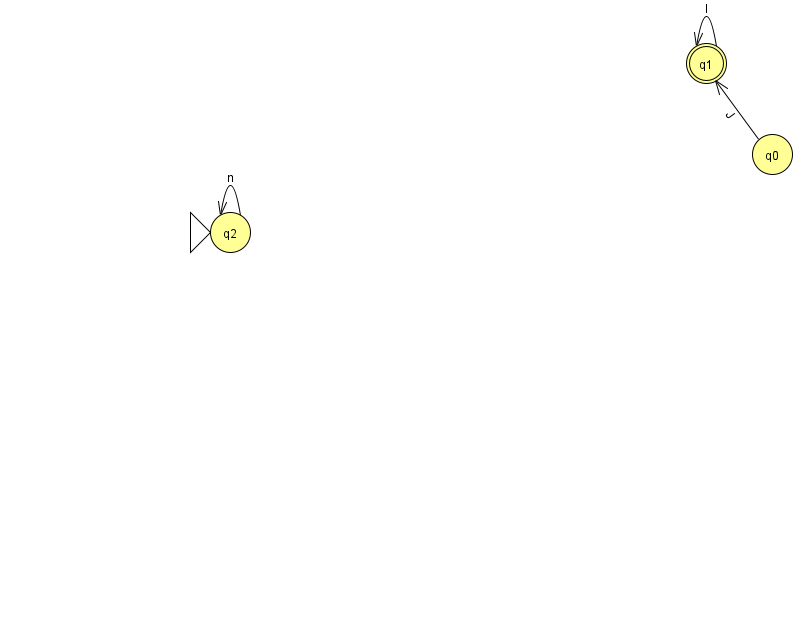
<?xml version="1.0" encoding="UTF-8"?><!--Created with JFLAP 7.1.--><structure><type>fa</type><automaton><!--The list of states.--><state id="0" name="q0"><x>772.0</x><y>141.0</y></state><state id="1" name="q1"><x>706.0</x><y>50.0</y><final/></state><state id="2" name="q2"><x>230.0</x><y>219.0</y><initial/></state><!--The list of transitions.--><transition><from>0</from><to>1</to><read>J</read></transition><transition><from>1</from><to>1</to><read>l</read></transition><transition><from>2</from><to>2</to><read>n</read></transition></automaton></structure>